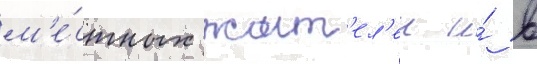
м'е́стных жит'ел'еи и́ в